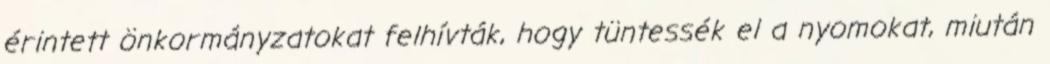
érintett önkormányzatokat felhívták, hogy tüntessék el a nyomokat, miután